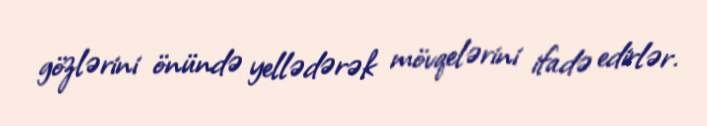
gözlərini önündə yellədərək mövqelərini ifadə edirlər.